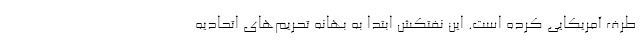
طرف آمریکایی کرده است. این نفتکش ابتدا به بهانه تحریم‌های اتحادیه